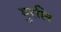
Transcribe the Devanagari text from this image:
मुरलि